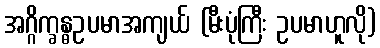
အဂ္ဂိက္ခန္ဓဥပမာအကျယ် (မီးပုံကြီး ဥပမာဟူလို)